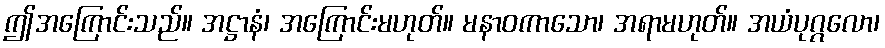
ဤအကြောင်းသည်။ အဋ္ဌာနံ၊ အကြောင်းမဟုတ်။ မနာဝကာသော၊ အရာမဟုတ်။ အယံပုဂ္ဂလော၊